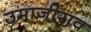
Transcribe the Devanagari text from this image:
उमाजीराव